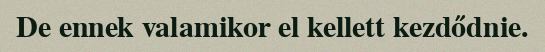
De ennek valamikor el kellett kezdődnie.